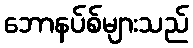
ဘောနပ်စ်များသည်